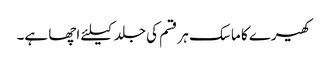
کھیرے کا ماسک ہر قسم کی جلد کیلئے اچھا ہے۔